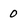
Character: 0